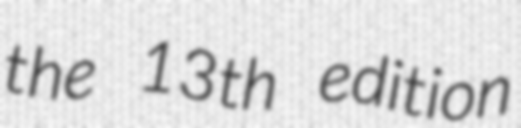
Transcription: the 13th edition